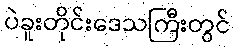
ပဲခူးတိုင်းဒေသကြီးတွင်